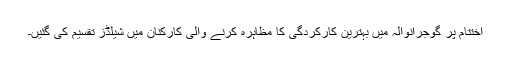
اختتام پر گوجرانوالہ میں بہترین کارکردگی کا مظاہرہ کرنے والی کارکنان میں شیلڈز تقسیم کی گئیں۔